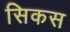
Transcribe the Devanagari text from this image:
सिकस